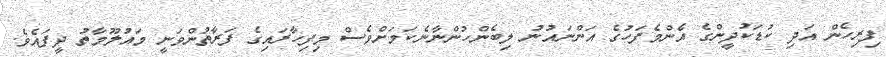
ފިރިހެން އަދި ކުޑަކުދީންގެ އެންމެފަހުގެ އަންނައުނު ލިބެންހުންނާނެކަމަށްވެސް މިފިހާރައިގެ ފަރާތުންވަނީ މައުލޫމާތު ދީފައެވެ.